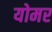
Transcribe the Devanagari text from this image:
योमर